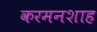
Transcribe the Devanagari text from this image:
करमनशाह